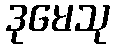
ဒုမေသု